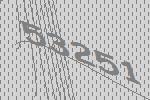
53251